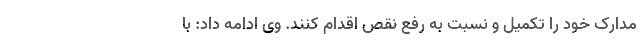
مدارک خود را تکمیل و نسبت به رفع نقص اقدام کنند. وی ادامه داد: با